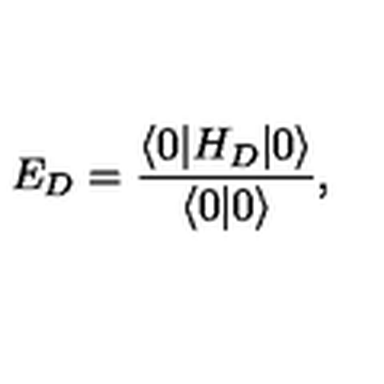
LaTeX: E _ { D } = \frac { \langle 0 | H _ { D } | 0 \rangle } { \langle 0 | 0 \rangle } ,